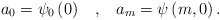
\begin{align*}a_0 = \psi_0\left( 0\right) \;\;\; ,\;\;\; a_m = \psi\left( m ,0\right) .\end{align*}